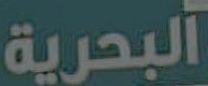
البحرية